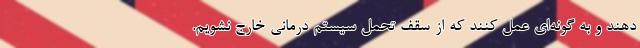
دهند و به گونه‌ای عمل کنند که از سقف تحمل سیستم درمانی خارج نشویم.